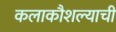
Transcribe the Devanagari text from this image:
कलाकौशल्याची